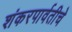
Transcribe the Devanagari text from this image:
शंकरपार्वतीचे